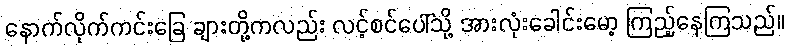
နောက်လိုက်ကင်းခြေ ချားတို့ကလည်း လင့်စင်ပေါ်သို့ အားလုံးခေါင်းမော့ ကြည့်နေကြသည်။